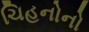
ચિહનોનો